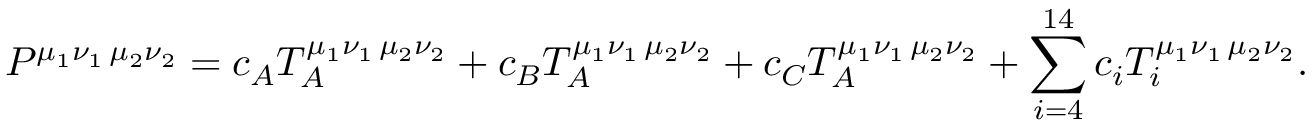
P ^ { \mu _ { 1 } \nu _ { 1 } \, \mu _ { 2 } \nu _ { 2 } } = c _ { A } { \cal T } _ { A } ^ { \mu _ { 1 } \nu _ { 1 } \, \mu _ { 2 } \nu _ { 2 } } + c _ { B } { \cal T } _ { A } ^ { \mu _ { 1 } \nu _ { 1 } \, \mu _ { 2 } \nu _ { 2 } } + c _ { C } { \cal T } _ { A } ^ { \mu _ { 1 } \nu _ { 1 } \, \mu _ { 2 } \nu _ { 2 } } + \sum _ { i = 4 } ^ { 1 4 } c _ { i } T _ { i } ^ { \mu _ { 1 } \nu _ { 1 } \, \mu _ { 2 } \nu _ { 2 } } .